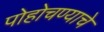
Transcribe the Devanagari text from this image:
पोहोचण्‍याचे